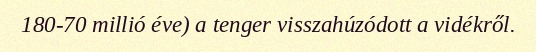
180-70 millió éve) a tenger visszahúzódott a vidékről.